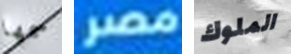
سمها مصر الملوك